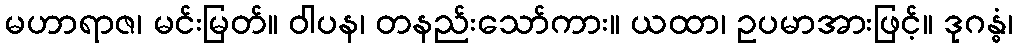
မဟာရာဇ၊ မင်းမြတ်။ ဝါပန၊ တနည်းသော်ကား။ ယထာ၊ ဥပမာအားဖြင့်။ ဒုဂန္ဓံ၊